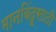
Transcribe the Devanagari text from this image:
मानबिंदूसाठी